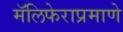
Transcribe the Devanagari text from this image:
मॅलिफेराप्रमाणे